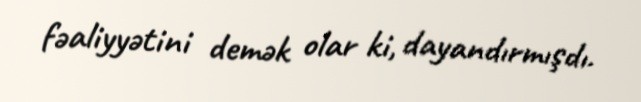
fəaliyyətini demək olar ki, dayandırmışdı.